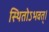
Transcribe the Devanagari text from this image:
स्थितोऽभवत्‌।